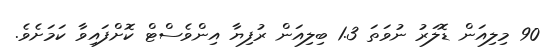
90 މިލިއަން ޑޮލަރު ނުވަތަ 1.3 ބިލިއަން ރުފިޔާ އިންވެސްޓް ކޮށްފައިވާ ކަމަށެވެ.